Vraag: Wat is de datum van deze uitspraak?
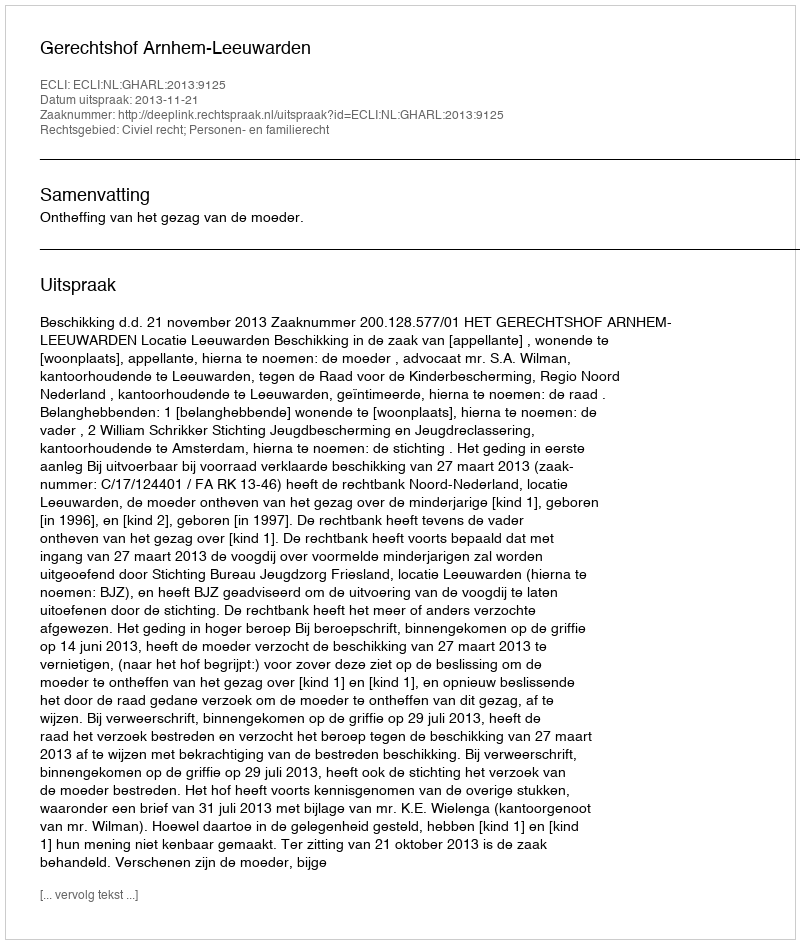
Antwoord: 2013-11-21